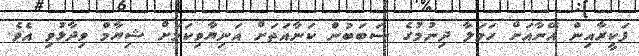
ފަކީރާއިން އޭނާއަށް ހަމަލާ ދިނުމުގެ ސަބަބުން ކަނާއަތަށް އަނިޔާވިކަމަށް ޝިޔާމް ވިދާޅުވި އެވެ.